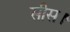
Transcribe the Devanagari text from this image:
सीस।